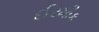
ઈરમીક